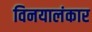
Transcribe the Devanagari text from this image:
विनयालंकार